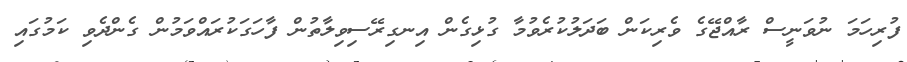
ފުރިހަމަ ނުވަނީސް ރާއްޖޭގެ ވެރިކަން ބަދަލުކުރެވުމާ ގުޅިގެން އިނގިރޭސިވިލާތުން ފާހަގަކުރައްވަމުން ގެންދެވި ކަމުގައި